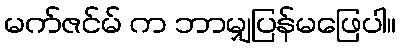
မက်ဇင်မ် က ဘာမျှပြန်မဖြေပါ။